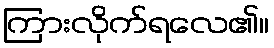
ကြားလိုက်ရလေ၏။